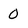
Character: O